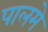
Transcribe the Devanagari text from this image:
पालमे